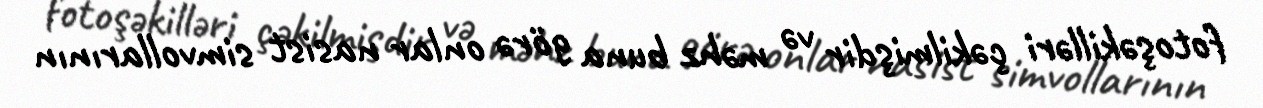
fotoşəkilləri çəkilmişdir və məhz buna görə onlar nasist simvollarının